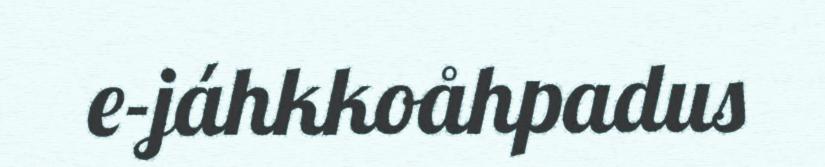
e-jáhkkoåhpadus